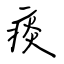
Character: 痰